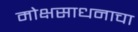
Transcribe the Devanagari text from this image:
मोक्षसाधनाचा